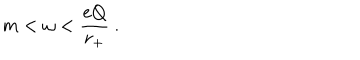
m < \omega < \frac { e Q } { r _ { + } } ~ .